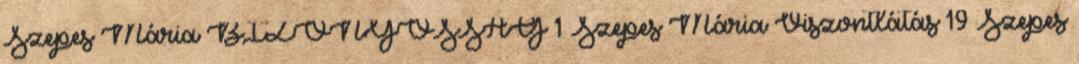
Szepes Mária BIZONYOSSÁG 1 Szepes Mária Viszontlátás 19 Szepes